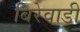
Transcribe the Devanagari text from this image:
बिरेवाडी